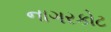
નાગરકોટ